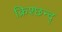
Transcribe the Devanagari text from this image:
क्रिश्छन्द्